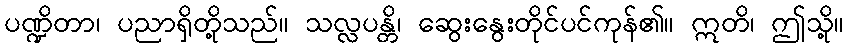
ပဏ္ဍိတာ၊ ပညာရှိတို့သည်။ သလ္လပန္တိ၊ ဆွေးနွေးတိုင်ပင်ကုန်၏။ ဣတိ၊ ဤသို့။